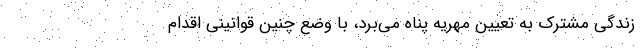
زندگی مشترک به تعیین مهریه پناه می‌برد، با وضع چنین قوانینی اقدام